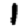
Digit: 1